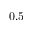
0 . 5